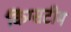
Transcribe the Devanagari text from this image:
किंग्सटीम